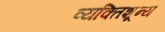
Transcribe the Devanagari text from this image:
व्यक्तिशून्य